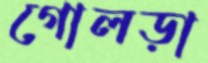
গোলড়া